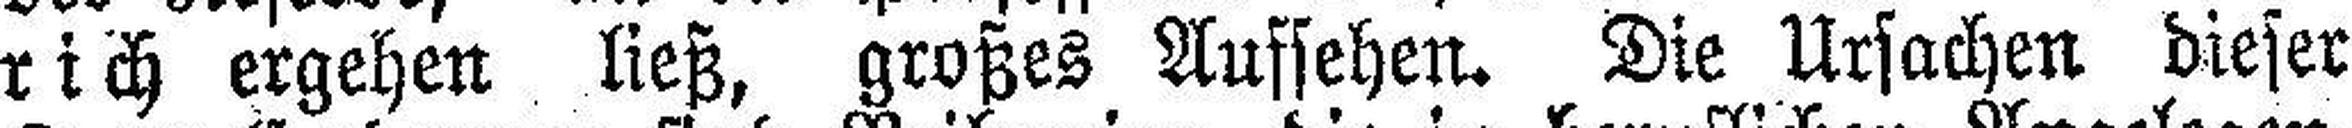
rich ergehen ließ, großes Aufsehen. Die Ursachen dieser